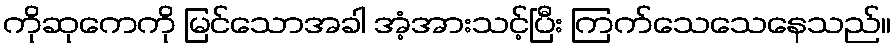
ကိုဆုကေကို မြင်သောအခါ အံ့အားသင့်ပြီး ကြက်သေသေနေသည်။